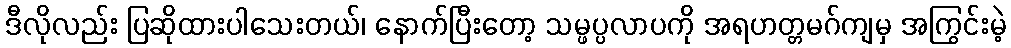
ဒီလိုလည်း ပြဆိုထားပါသေးတယ်၊ နောက်ပြီးတော့ သမ္ဖပ္ပလာပကို အရဟတ္တမဂ်ကျမှ အကြွင်းမဲ့